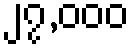
၂၇,၀၀၀